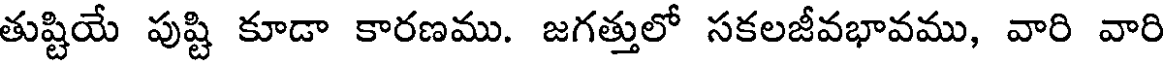
తుష్టియే పుష్టి కూడా కారణము. జగత్తులో సకలజీవభావము, వారి వారి